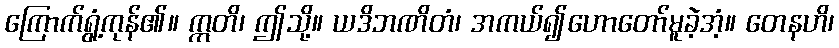
ကြောက်ရွံ့ကုန်၏။ ဣတိ၊ ဤသို့။ ယဒိဘဏိတံ၊ အကယ်၍ဟောတော်မူခဲ့အံ့။ တေနဟိ၊